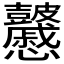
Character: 𥀽